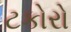
ટકોરો